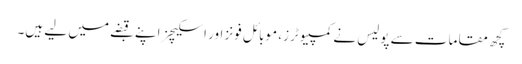
کچھ مقامات سے پولیس نے کمپیوٹرز، موبائل فونز اور اسکیچز اپنے قبضے میں لیے ہیں۔